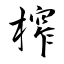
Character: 榨